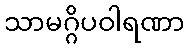
သာမဂ္ဂိပဝါရဏာ